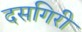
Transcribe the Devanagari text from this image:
दसगिरी